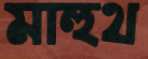
মাহুথ